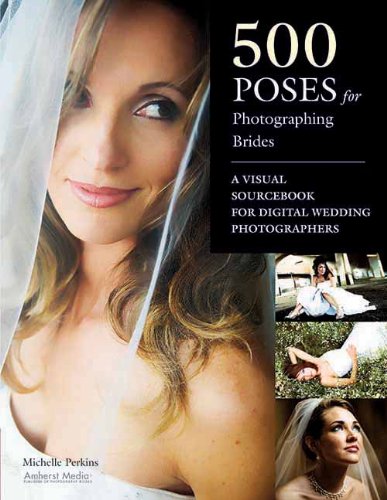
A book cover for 500 Poses for Photographing Brides: A Visual Sourcebook for Professional Digital Wedding Photographers; Michelle Perkins; Crafts, Hobbies & Home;